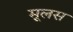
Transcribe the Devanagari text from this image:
मूलस